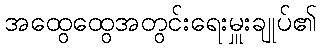
အထွေထွေအတွင်းရေးမှူးချုပ်၏